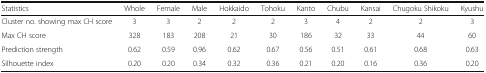
<table><thead><tr><td><b>Statistics</b></td><td><b>Whole</b></td><td><b>Female</b></td><td><b>Male</b></td><td><b>Hokkaido</b></td><td><b>Tohoku</b></td><td><b>Kanto</b></td><td><b>Chubu</b></td><td><b>Kansai</b></td><td><b>Chugoku Shikoku</b></td><td><b>Kyushu</b></td></tr></thead><tbody><tr><td>Cluster no. showing max CH score</td><td>3</td><td>3</td><td>2</td><td>2</td><td>2</td><td>3</td><td>4</td><td>2</td><td>2</td><td>3</td></tr><tr><td>Max CH score</td><td>328</td><td>183</td><td>208</td><td>21</td><td>30</td><td>186</td><td>32</td><td>33</td><td>44</td><td>60</td></tr><tr><td>Prediction strength</td><td>0.62</td><td>0.59</td><td>0.96</td><td>0.62</td><td>0.67</td><td>0.56</td><td>0.51</td><td>0.61</td><td>0.68</td><td>0.63</td></tr><tr><td>Silhouette index</td><td>0.20</td><td>0.20</td><td>0.34</td><td>0.32</td><td>0.36</td><td>0.21</td><td>0.20</td><td>0.16</td><td>0.36</td><td>0.20</td></tr></tbody></table>